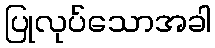
ပြုလုပ်သောအခါ